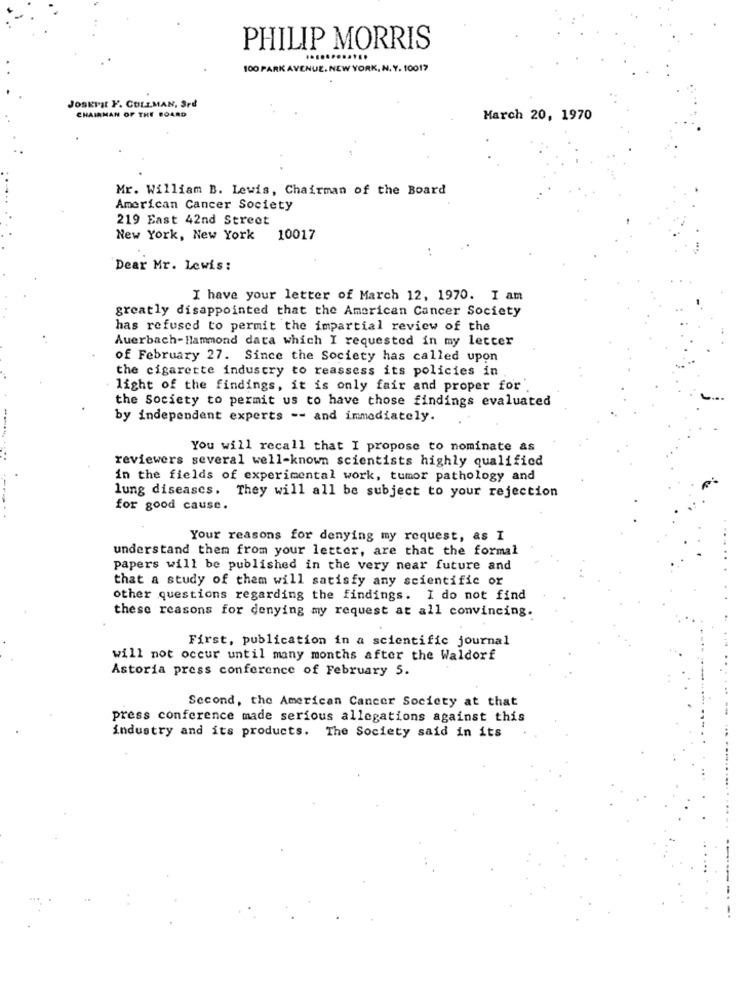
PHILIP MORRIS
100 PARK AVENUE. NEW YORK, N. Y. 10017
JOSKISI F. CULLMAN, 3rd
CHAIRMAN OF THE BOARD
March 20, 1970
Mr. William B. Lewis, Chairman of the Board
American Cancer Society
219 East 42nd Street
New York, New York
10017
Dear Mr. Lewis:
I have your letter of March 12, 1970. I am
greatly disappointed that the American Cancer Society
has refused to permit the impartial review of the
Auerbach-Hammond data which I requested in my letter
of February 27. Since the Society has called upon
the cigarette industry to reassess its policies in
light of the findings, it is only fair and proper for'.
the Society to permit us to have those findings evaluated
by independent experts -- and immediately.
You will recall that I propose to nominate as
reviewers several well-known scientists highly qualified
in the fields of experimental work, tumor pathology and
lung diseases. They will all be subject to your rejection
for good cause.
Your reasons for denying my request, as I
understand them from your letter, are that the formal
papers will be published in the very near future and
that a study of them will satisfy any scientific or
other questions regarding the findings. I do not find
these reasons for denying my request at all convincing.
First, publication in a scientific journal
will not occur until many months after the Waldorf
Astoria press conference of February 5.
Second, the American Cancer Society at that
press conference made serious allegations against this
industry and its products. The Society said in its
--------